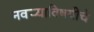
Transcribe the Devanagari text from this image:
नवर्‍याविषयीचे